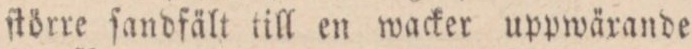
ſtörre ſandfält till en wacker uppwäxande